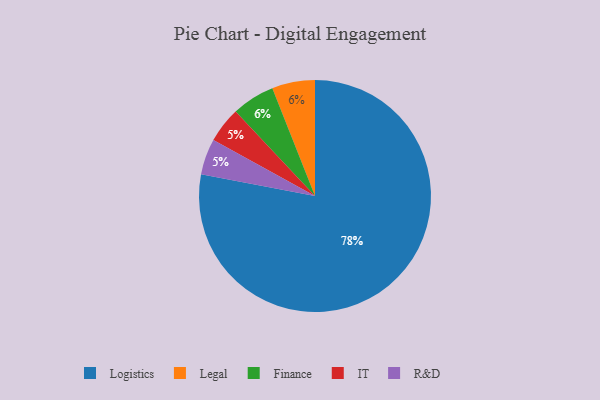
{"axis": {"x": "Category", "y": "Percentage"}, "legend": ["Finance", "IT", "Legal", "Logistics", "R&D"], "data": [{"x": "IT", "y": 5, "type": "IT"}, {"x": "R&D", "y": 5, "type": "R&D"}, {"x": "Legal", "y": 6, "type": "Legal"}, {"x": "Logistics", "y": 78, "type": "Logistics"}, {"x": "Finance", "y": 6, "type": "Finance"}]}